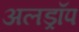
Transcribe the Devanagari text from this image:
अलड्रॉप